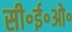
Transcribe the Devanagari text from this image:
सी॰ई॰ओ॰